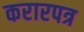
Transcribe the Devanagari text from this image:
करारपत्र